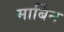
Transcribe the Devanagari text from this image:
मार्बिन